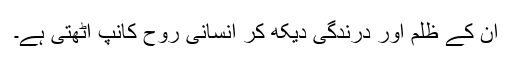
ان کے ظلم اور درندگی دیکھ کر انسانی روح کانپ اٹھتی ہے۔